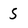
Character: 5